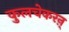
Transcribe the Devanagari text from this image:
कुलचेकरऩ्